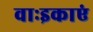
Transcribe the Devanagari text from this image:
वाःइकाएं